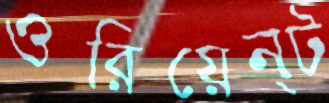
ওরিয়েন্ট